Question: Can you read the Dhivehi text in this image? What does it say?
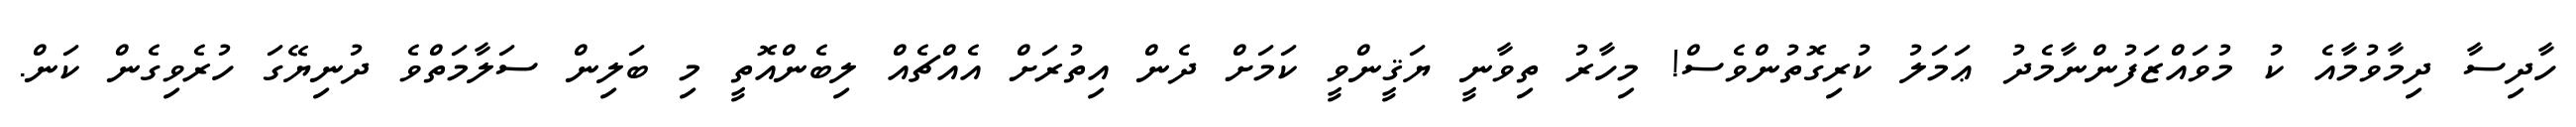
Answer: ހާދިސާ ދިމާވުމާއެ ކު މުވައްޒަފުންނާމެދު ޢަމަލު ކުރިގޮތުންވެސް! މިހާރު ތިވާނީ ޔަޤީންވީ ކަމަށް ދެން އިތުރަށް އެއްޗެއް ލިބެންއޮތީ މި ބަލިން ސަލާމަތްވެ ދުނިޔޭގަ ހުރެވިގެން ކަން.